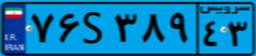
۹۵S۶۳۳۳۵